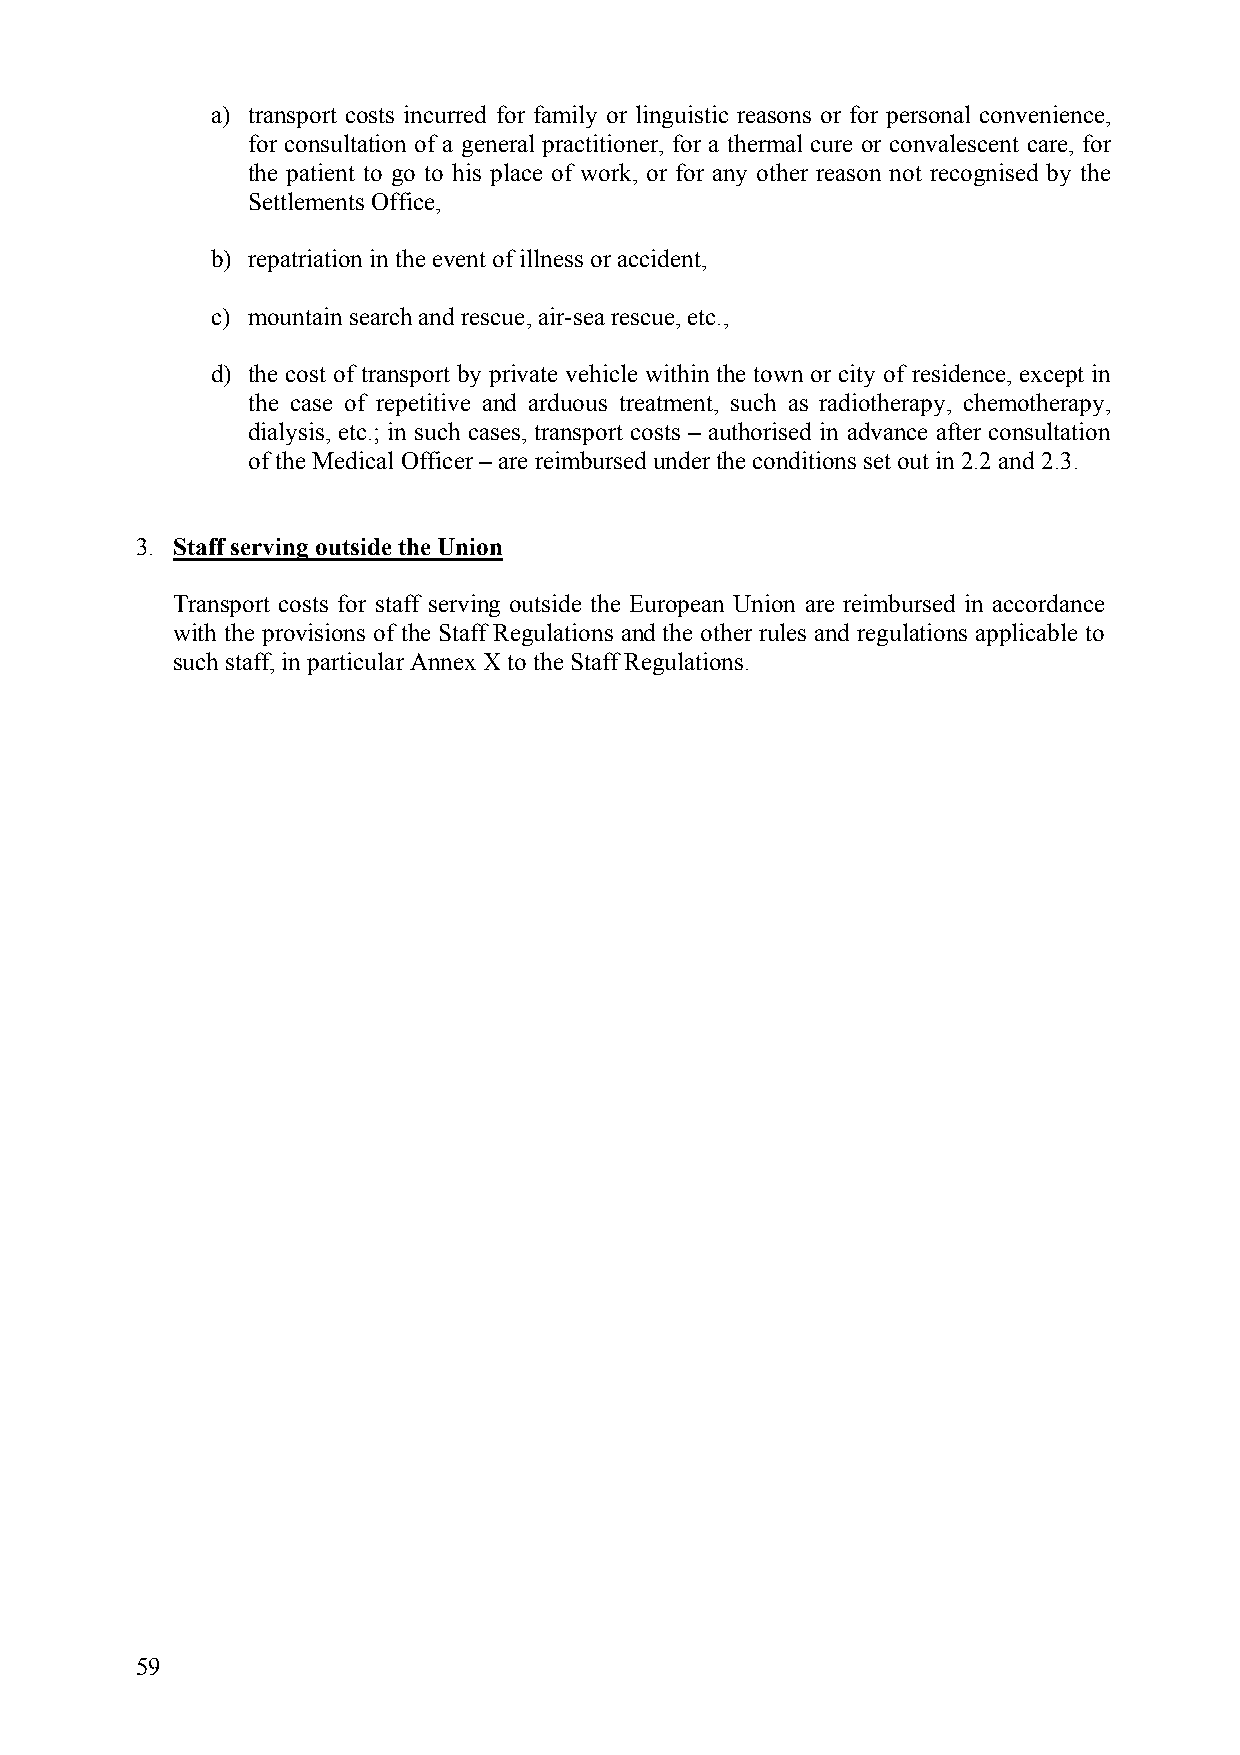
a) transport costs incurred for family or linguistic reasons or for personal convenience,
 for consultation of a general practitioner, for a thermal cure or convalescent care, for
 the patient to go to his place of work, or for any other reason not recognised by the
 Settlements Office,
 b) repatriation in the event of illness or accident,
 c) mountain search and rescue, air-sea rescue, etc.,
 d) the cost of transport by private vehicle within the town or city of residence, except in
 the case of repetitive and arduous treatment, such as radiotherapy, chemotherapy,
 dialysis, etc.; in such cases, transport costs – authorised in advance after consultation
 of the Medical Officer – are reimbursed under the conditions set out in 2.2 and 2.3.
 3. Staff serving outside the Union
 Transport costs for staff serving outside the European Union are reimbursed in accordance
 with the provisions of the Staff Regulations and the other rules and regulations applicable to
 such staff, in particular Annex X to the Staff Regulations.
 59